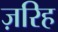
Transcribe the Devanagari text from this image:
ज़रिह